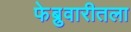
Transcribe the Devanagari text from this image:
फेब्रुवारीतला